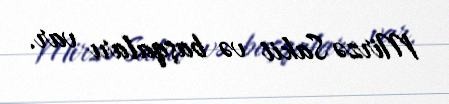
Mirzə Sakit və başqaları var.